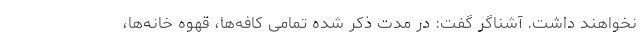
نخواهند داشت. آشناگر گفت: در مدت ذکر شده تمامی کافه‌ها، قهوه خانه‌ها،